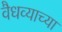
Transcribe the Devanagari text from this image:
वैधव्याच्या